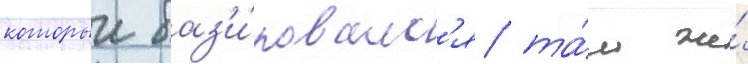
которыи баз'и́ровалс'я та́м же́